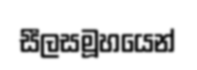
සීලසමූහයෙන්